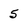
Character: 5